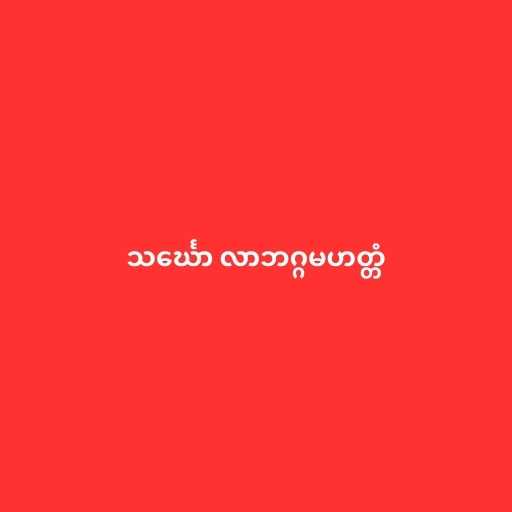
သင်္ဃော လာဘဂ္ဂမဟတ္တံ